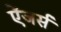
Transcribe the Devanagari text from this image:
ऐंजर्स